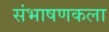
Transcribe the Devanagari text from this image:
संभाषणकला